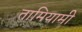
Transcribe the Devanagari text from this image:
तामियामी